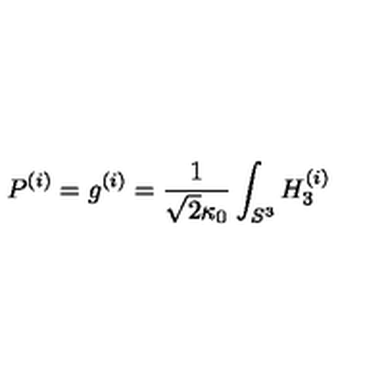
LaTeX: P ^ { ( i ) } = g ^ { ( i ) } = \frac { 1 } { \sqrt { 2 } \kappa _ { 0 } } \int _ { S ^ { 3 } } H _ { 3 } ^ { ( i ) }